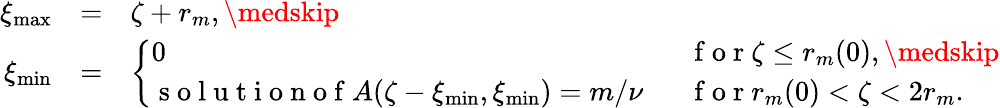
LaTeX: \begin{array}{rll}{\xi_{\operatorname*{max}}}&{=}&{\zeta+r_{m},\medskip}\\ {\xi_{\operatorname*{min}}}&{=}&{\left\{ \begin{array}{ll}{0}&{\mathrm{~f~o~r~}\zeta\leq r_{m}(0),\medskip}\\ {\mathrm{~s~o~l~u~t~i~o~n~o~f~}A(\zeta-\xi_{\operatorname*{min}},\xi_{\operatorname*{min}})=m/\nu\; \; }&{\mathrm{~f~o~r~}r_{m}(0)<\zeta<2r_{m}.}\end{array}\right.}\end{array}